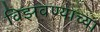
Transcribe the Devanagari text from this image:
विझवण्याच्या